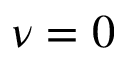
\nu = 0